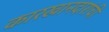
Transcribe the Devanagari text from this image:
कारखानदारांची